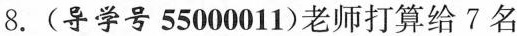
8.(导学号55000011)老师打算给7名